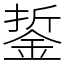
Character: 銴